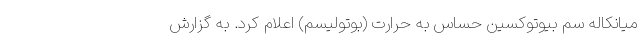
میانکاله سم بیوتوکسین حساس به حرارت (بوتولیسم) اعلام کرد. به گزارش